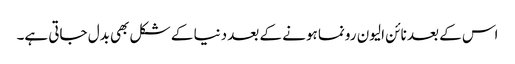
اس کے بعد نائن الیون رونما ہونے کے بعد دنیا کے شکل بھی بدل جاتی ہے۔